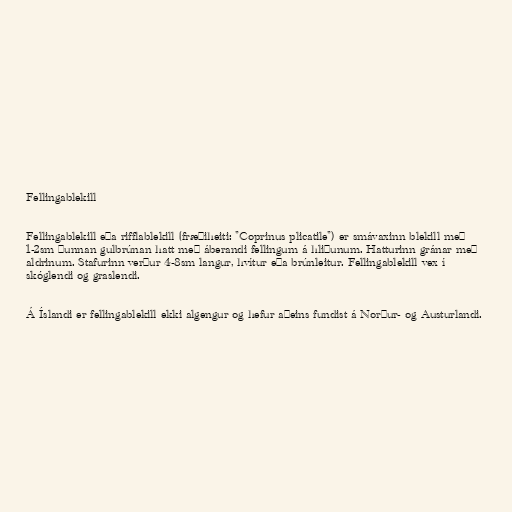
Fellingablekill

Fellingablekill eða rifflablekill (fræðiheiti: "Coprinus plicatile") er smávaxinn blekill með
1-2sm þunnan gulbrúnan hatt með áberandi fellingum á hliðunum. Hatturinn gránar með
aldrinum. Stafurinn verður 4-8sm langur, hvítur eða brúnleitur. Fellingablekill vex í
skóglendi og graslendi.

Á Íslandi er fellingablekill ekki algengur og hefur aðeins fundist á Norður- og Austurlandi.